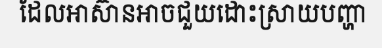
ដែលអាស៊ានអាចជួយដោះស្រាយបញ្ហា